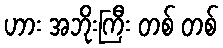
ဟား အဘိုးကြီး တစ် တစ်